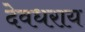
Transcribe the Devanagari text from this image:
देवधराय